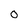
Character: 0